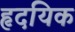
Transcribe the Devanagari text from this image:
हृदयिक